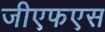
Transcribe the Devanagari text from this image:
जीएफएस